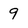
Character: 9